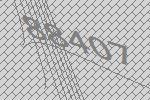
88407